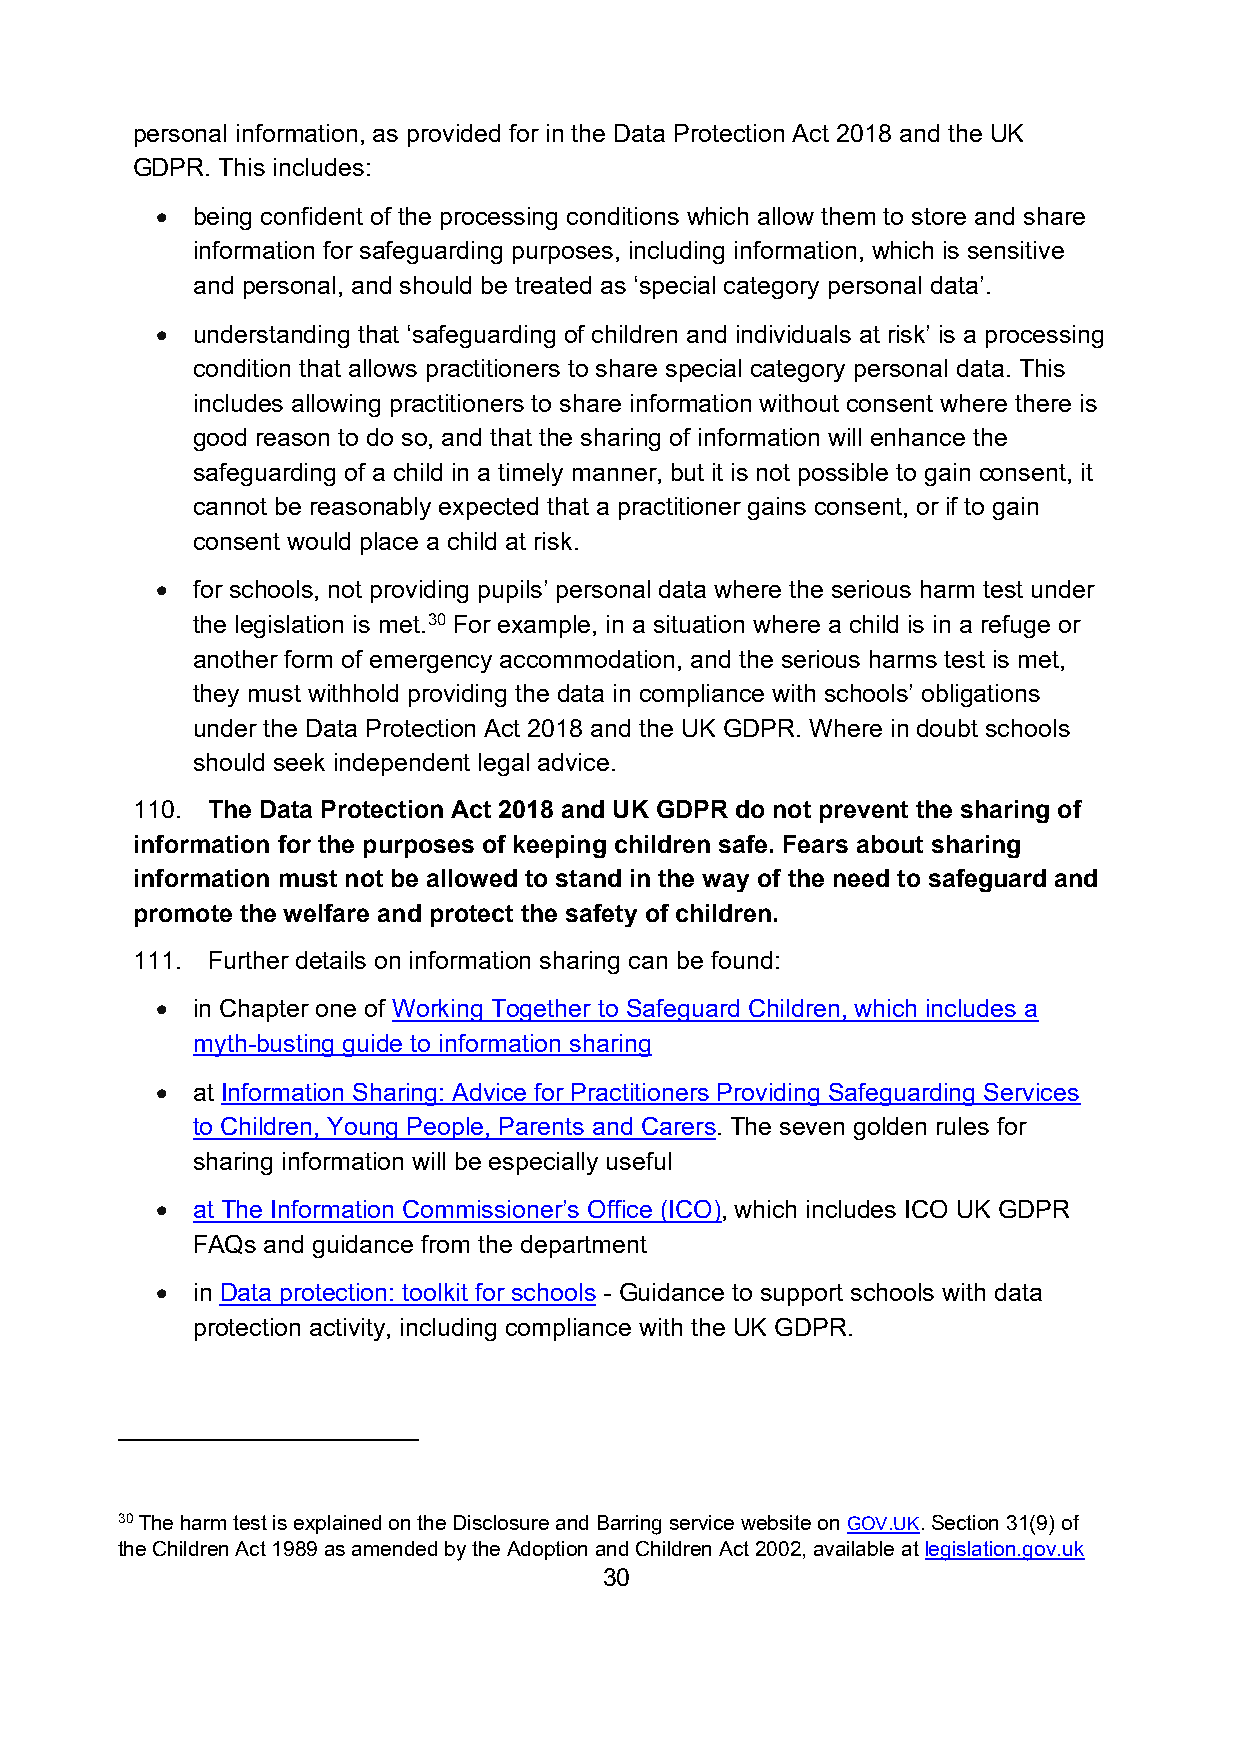
personal information, as provided for in the Data Protection Act 2018 and the UK
 GDPR. This includes:
 •  being confident of the processing conditions which allow them to store and share
 information for safeguarding purposes, including information, which is sensitive
 and personal, and should be treated as ‘special category personal data’.
 •  understanding that ‘safeguarding of children and individuals at risk’ is a processing
 condition that allows practitioners to share special category personal data. This
 includes allowing practitioners to share information without consent where there is
 good reason to do so, and that the sharing of information will enhance the
 safeguarding of a child in a timely manner, but it is not possible to gain consent, it
 cannot be reasonably expected that a practitioner gains consent, or if to gain
 consent would place a child at risk.
 •  for schools, not providing pupils’ personal data where the serious harm test under
 the legislation is met.30 For example, in a situation where a child is in a refuge or
 another form of emergency accommodation, and the serious harms test is met,
 they must withhold providing the data in compliance with schools’ obligations
 under the Data Protection Act 2018 and the UK GDPR. Where in doubt schools
 should seek independent legal advice.
 110. The Data Protection Act 2018 and UK GDPR do not prevent the sharing of
 information for the purposes of keeping children safe. Fears about sharing
 information must not be allowed to stand in the way of the need to safeguard and
 promote the welfare and protect the safety of children.
 111. Further details on information sharing can be found:
 •  in Chapter one of Working Together to Safeguard Children, which includes a
 myth-busting guide to information sharing
 •  at Information Sharing: Advice for Practitioners Providing Safeguarding Services
 to Children, Young People, Parents and Carers. The seven golden rules for
 sharing information will be especially useful
 •  at The Information Commissioner’s Office (ICO), which includes ICO UK GDPR
 FAQs and guidance from the department
 •  in Data protection: toolkit for schools - Guidance to support schools with data
 protection activity, including compliance with the UK GDPR.
 30 The harm test is explained on the Disclosure and Barring service website on GOV.UK. Section 31(9) of
 the Children Act 1989 as amended by the Adoption and Children Act 2002, available at legislation.gov.uk
 30